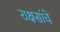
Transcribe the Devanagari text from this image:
राक्षसांचे